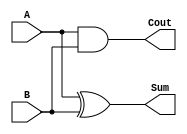
module HalfAdd ( Cout , Sum , A, B ) ;
  input A, B ;
  output Cout , Sum ;
  
  xor xor0(Sum, A, B); //uses an xor gates
  and and0(Cout, A, B); //uses an add gate
endmodule